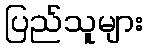
ပြည်သူများ